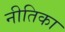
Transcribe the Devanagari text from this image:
नीतिका